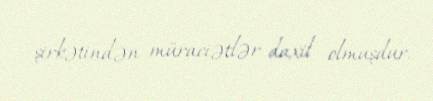
şirkətindən müraciətlər daxil olmuşdur.